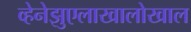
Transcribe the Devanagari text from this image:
व्हेनेझुएलाखालोखाल